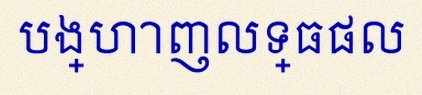
បង្ហាញលទ្ធផល